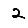
Digit: 2